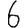
Digit: 6